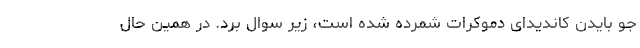
جو بایدن کاندیدای دموکرات شمرده شده است، زیر سوال برد. در همین حال